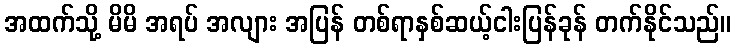
အထက်သို့ မိမိ အရပ် အလျား အပြန် တစ်ရာနှစ်ဆယ့်ငါးပြန်ခုန် တက်နိုင်သည်။